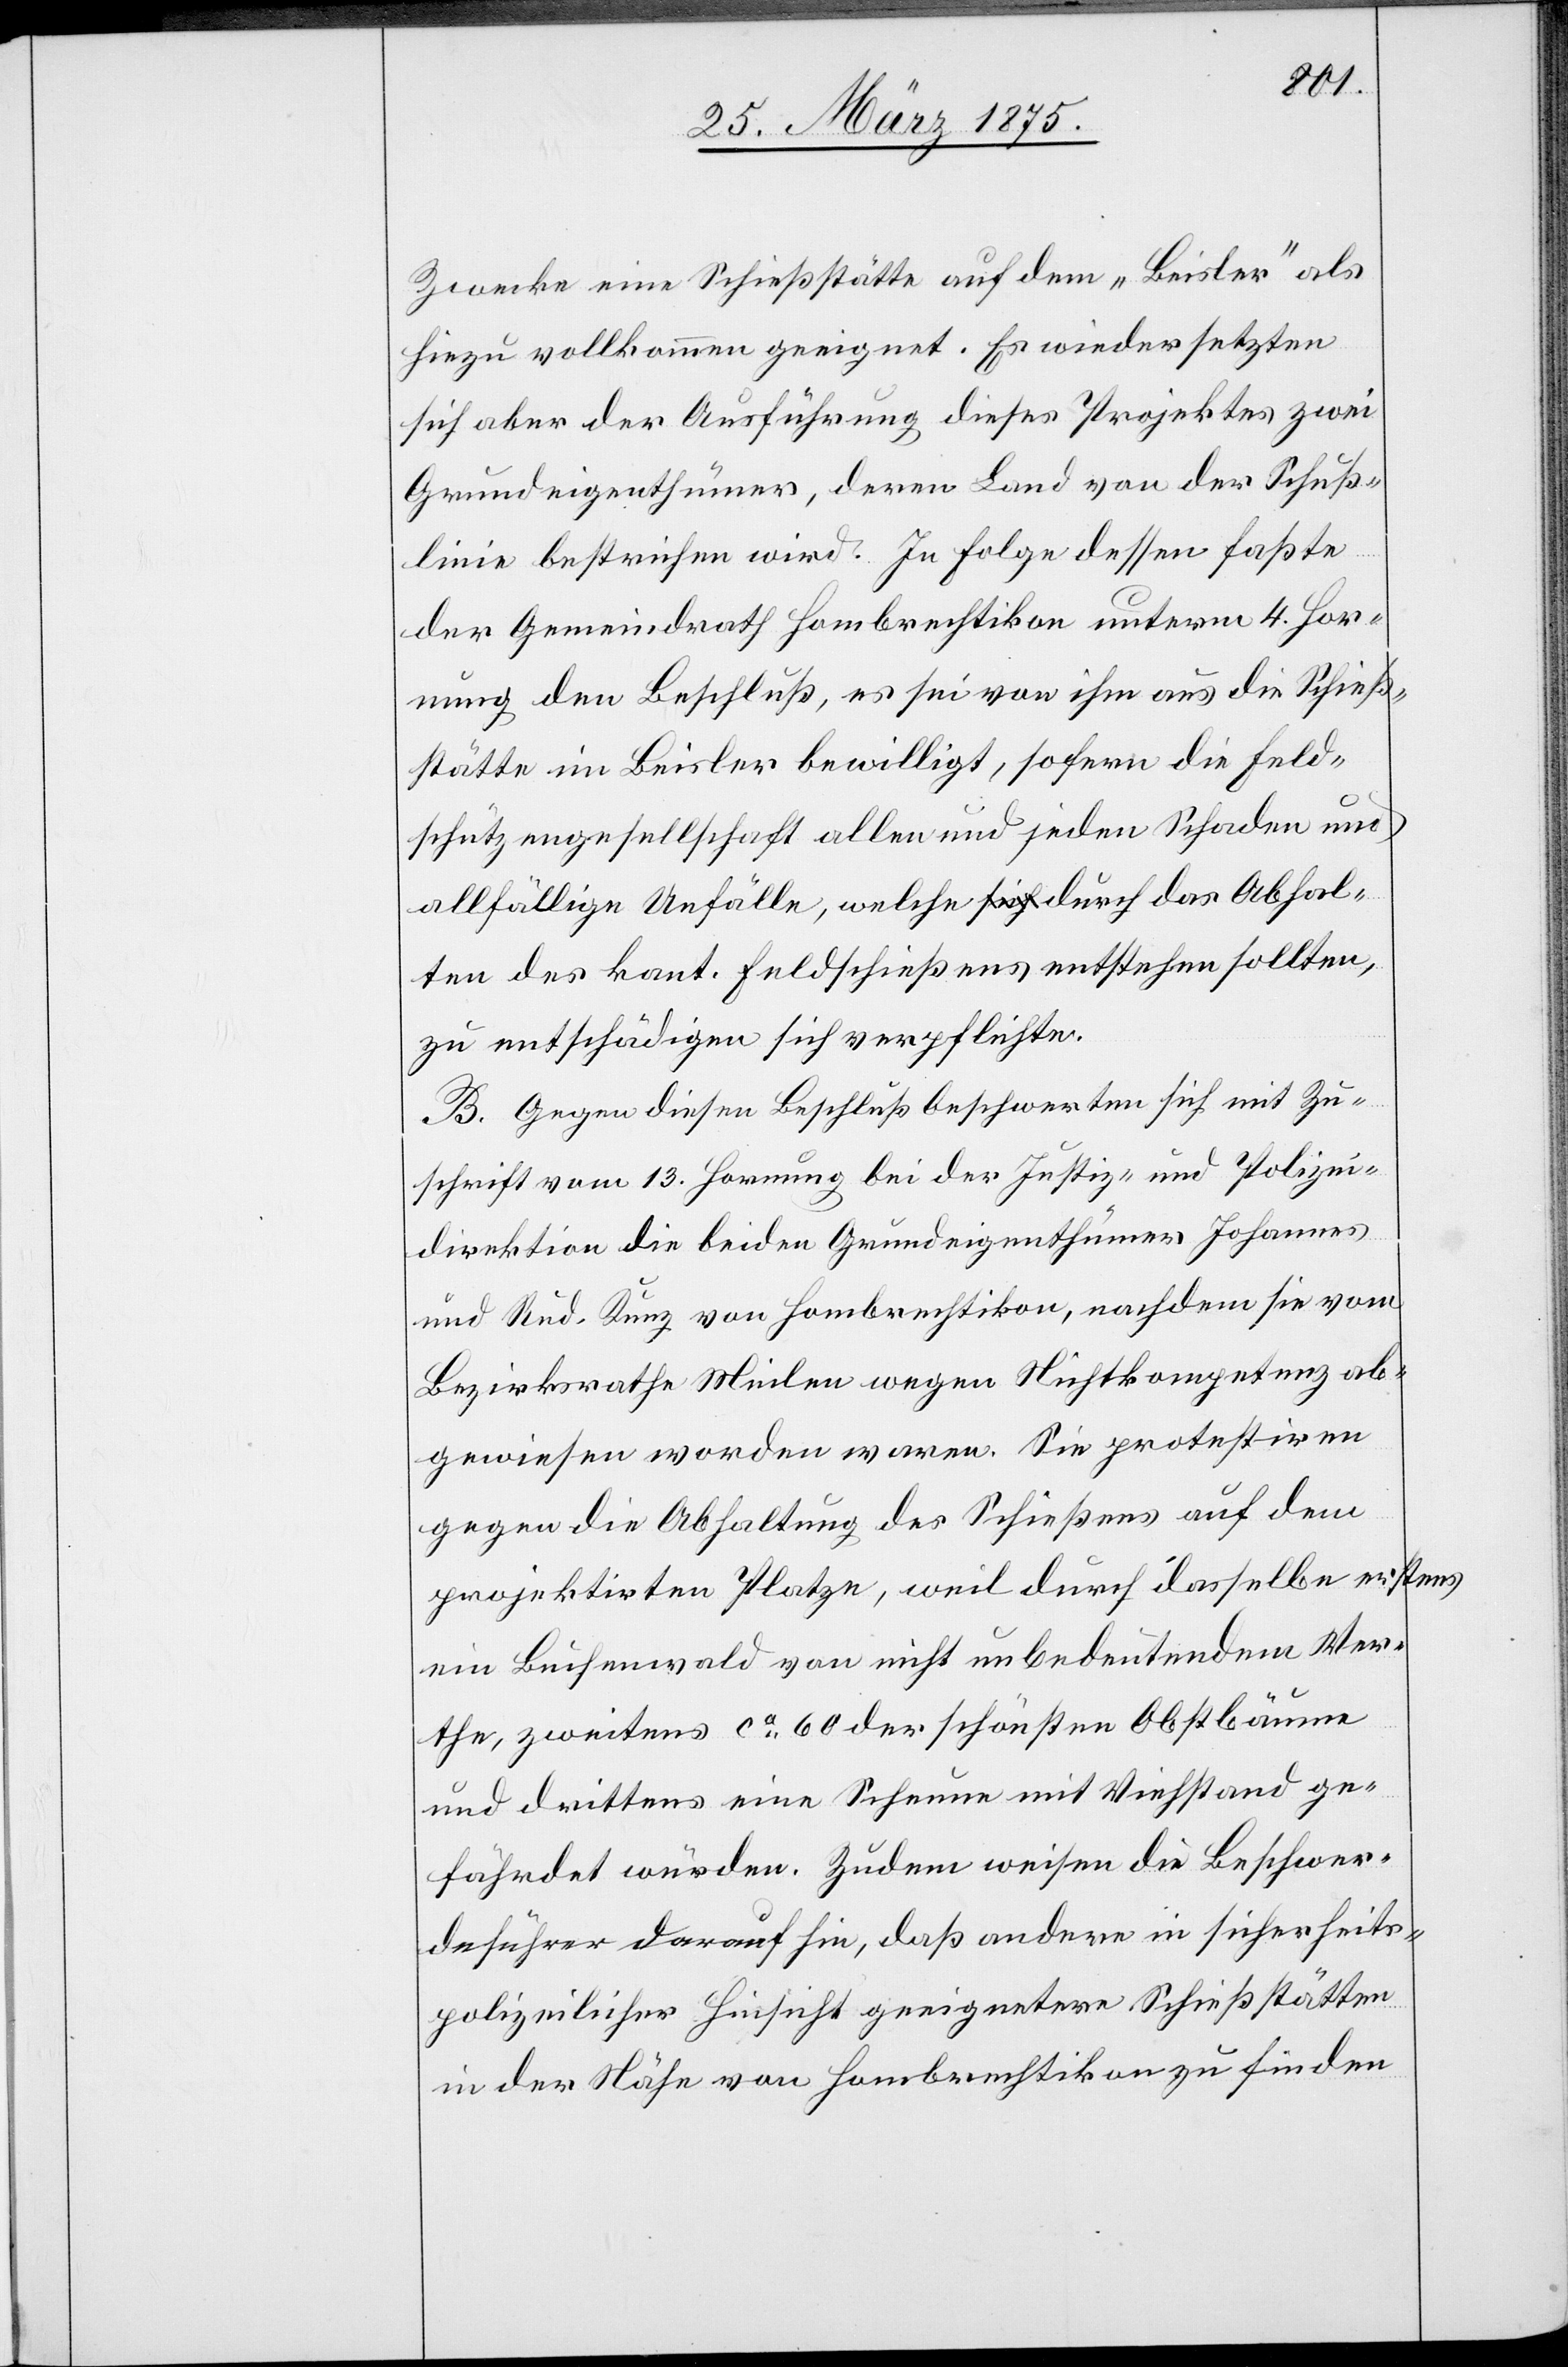
Zwecke eine Schießstätte auf dem “Beisler“ als
hiezu vollkommen geeignet. Es wiedersetzten
sich aber der Ausführung dieses Projektes zwei
Grundeigenthümer, deren Land von der Schuß¬
linie bestrichen wird. In Folge dessen faßte
der Gemeindrath Hombrechtikon unterm 4. Hor¬
nung ein Beschluß, es sei von ihm aus die Schieß¬
stätte im Beisler bewilligt, sofern die Feld¬
schützengesellschaft allen und jeden Schaden und
allfällige Unfälle, welche durch das Abhal¬
ten des kant. Feldschießens entstehen sollte
zu entschädigen sich verpflichten.
B. Gegen diesen Beschluß beschwerten sich mit Zu¬
schrift vom 13. Hornung bei der Justiz- und Polizei¬
direktion die beiden Grundeigenthümer Johannes
und Rud. Kunz von Hombrechtikon, nachdem sie vom
Bezirksrathe Meilen wegen Nichtkompetenz ab¬
gewiesen worden waren. Sie protestiren
gegen die Abhaltung des Schießens auf dem
projektirten Platze, weil durch dasselbe erstens
ein Buchenwald von nicht unbedeutendem Wer¬
the, zweitens ca 60 der schönsten Obstbäume
und drittens eine Scheune mit Viehstand ge¬
fährdet würden. Zudem weisen die Beschwer¬
deführer darauf hin, daß andere in sicherheits¬
polizeilicher Hinsicht geeignetere Schießstätten
in der Nähe von Hombrechtikon zu finden